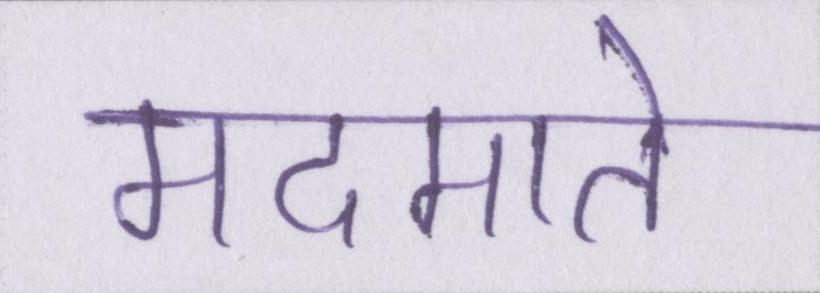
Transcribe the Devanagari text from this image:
मदमाते